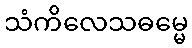
သံကိလေသဓမ္မေ